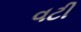
વટી